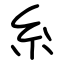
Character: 糸